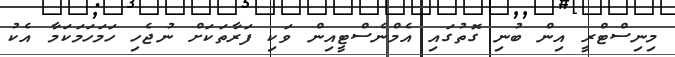
މިނިސްޓްރީ އިން ބުނި ގޮތުގައި އެމްނެސްޓީއިން ވަކި ފަރާތަކަށް ނުޖެހި ހަމަހަމަކަމާ އެކު